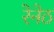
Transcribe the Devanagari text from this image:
रेनेठ